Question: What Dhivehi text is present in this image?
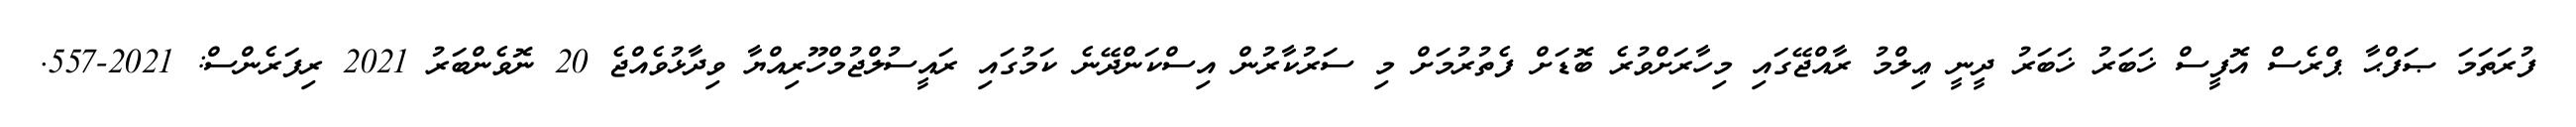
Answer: ފުރަތަމަ ޞަފްޙާ ޕްރެސް އޮފީސް ޚަބަރު ޚަބަރު ދީނީ ޢިލްމު ރާއްޖޭގައި މިހާރަށްވުރެ ބޮޑަށް ފެތުރުމަށް މި ސަރުކާރުން އިސްކަންދޭނެ ކަމުގައި ރައީސުލްޖުމްހޫރިއްޔާ ވިދާޅުވެއްޖެ 20 ނޮވެންބަރު 2021 ރިފަރެންސް: 2021-557.